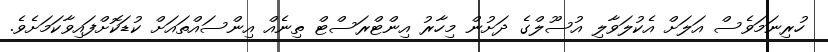
ހުރިނަމަވެސް އަލަށް އެކުލަވާލި އުސޫލްގެ ދަށުން މިހާރު އިންޓްރަސްޓް ތިނެއް އިންސައްތައަށް ކުޑަކޮށްފައިވާކަމަށެވެ.